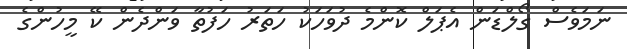
ނަމަވެސް ގޯލްޑަން އެޕަލް ކޮންމެ ދުވަހަކު ހަތަރު ހަފުތާ ވަންދެން ކޭ މީހުންގެ